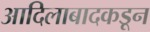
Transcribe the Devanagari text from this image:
आदिलाबादकडून